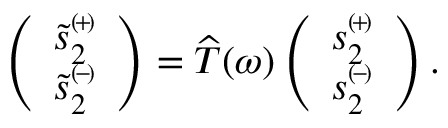
\left( \begin{array} { c } { \tilde { s } _ { 2 } ^ { \scriptscriptstyle ( \! + \! ) } } \\ { \tilde { s } _ { 2 } ^ { \scriptscriptstyle ( \! - \! ) } } \end{array} \right) = \widehat { T } ( \omega ) \left( \begin{array} { c } { { s } _ { 2 } ^ { \scriptscriptstyle ( \! + \! ) } } \\ { { s } _ { 2 } ^ { \scriptscriptstyle ( \! - \! ) } } \end{array} \right) .